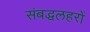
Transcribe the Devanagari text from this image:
संबद्धलहरों